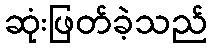
ဆုံးဖြတ်ခဲ့သည်